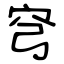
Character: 穹